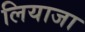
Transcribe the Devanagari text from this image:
लियाजा